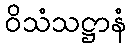
ဝိသံသဋ္ဌာနံ